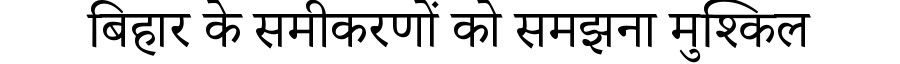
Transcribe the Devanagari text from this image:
बिहार के समीकरणों को समझना मुश्किल